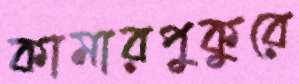
কামারপুকুরে